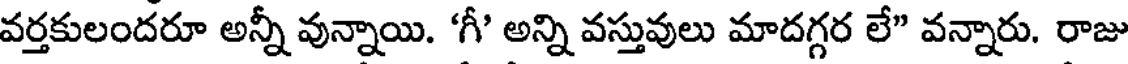
వర్తకులందరూ అన్నీ వున్నాయి. 'గీ' అన్ని వస్తువులు మాదగ్గర లే" వన్నారు. రాజు